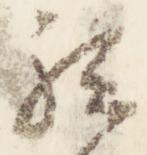
被